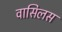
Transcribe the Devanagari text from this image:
वासिलस